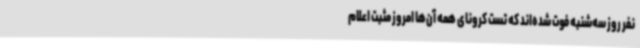
نفر روز سه‌شنبه فوت شده‌اند که تست کرونای همه آن‌ها امروز مثبت اعلام‌